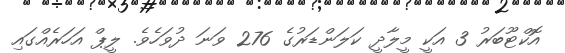
އޮކްޓޫބަރު 3 އަކީ މީލާދީ ކަލަންޑަރުގެ 276 ވަނަ ދުވަހެވެ. ލީޕް އަހަރެއްގައި